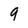
Character: 9